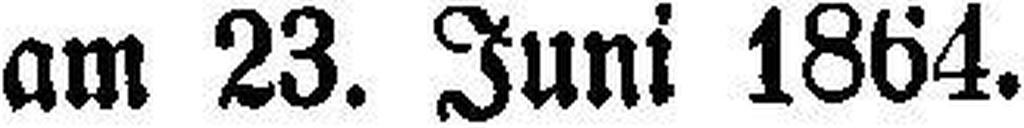
am 23. Juni 1864.